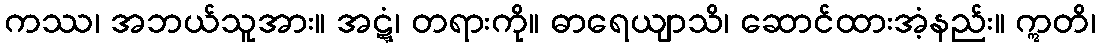
ကဿ၊ အဘယ်သူအား။ အဋ္ဋံ၊ တရားကို။ ဓာရေယျာသိ၊ ဆောင်ထားအံ့နည်း။ ဣတိ၊